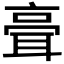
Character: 𦕺